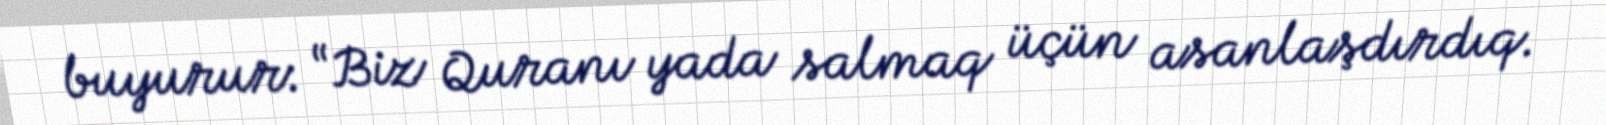
buyurur: “Biz Quranı yada salmaq üçün asanlaşdırdıq.